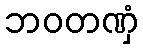
ဘဝတဏှံ